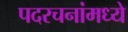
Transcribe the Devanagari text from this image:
पदरचनांमध्ये